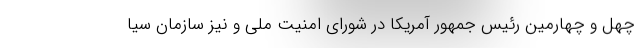
چهل و چهارمین رئیس جمهور آمریکا در شورای امنیت ملی و نیز سازمان سیا